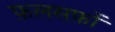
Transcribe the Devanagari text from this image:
फ़लसफ़ों